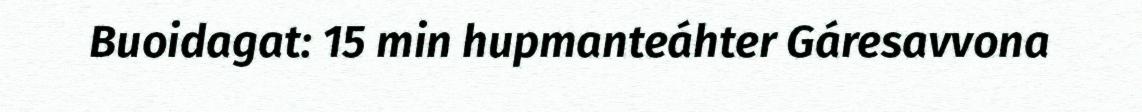
Buoidagat: 15 min hupmanteáhter Gáresavvona